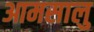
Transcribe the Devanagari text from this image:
आमसालु